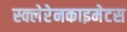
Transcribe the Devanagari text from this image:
स्क्लेरेनकाइमेटस